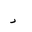
Letter: _dal